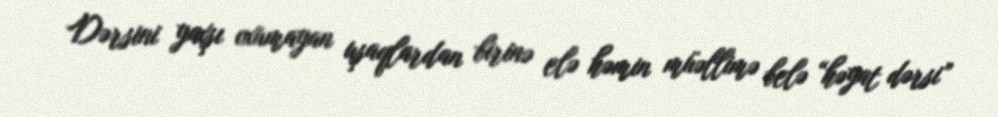
Dərsini yaxşı oxumayan uşaqlardan birinə elə həmin müəllimə belə “həyat dərsi”